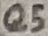
Text: Q5